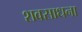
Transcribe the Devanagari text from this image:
शवसाधना